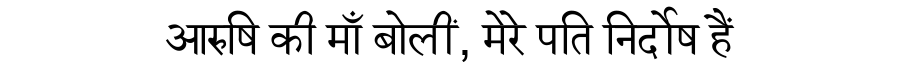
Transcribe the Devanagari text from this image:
आरुषि की माँ बोलीं, मेरे पति निर्दोष हैं